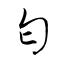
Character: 匂